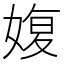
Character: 𡞪